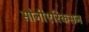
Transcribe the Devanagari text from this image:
सोनीएरिकसन